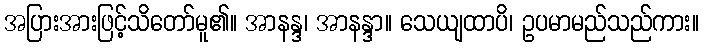
အပြားအားဖြင့်သိတော်မူ၏။ အာနန္ဒ၊ အာနန္ဒာ။ သေယျထာပိ၊ ဥပမာမည်သည်ကား။